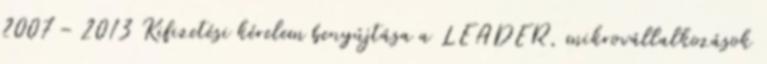
2007 – 2013 Kifizetési kérelem benyújtása a LEADER, mikrovállalkozások